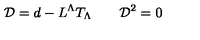
{ \cal D } = d - L ^ { \Lambda } T _ { \Lambda } \qquad { \cal D } ^ { 2 } = 0